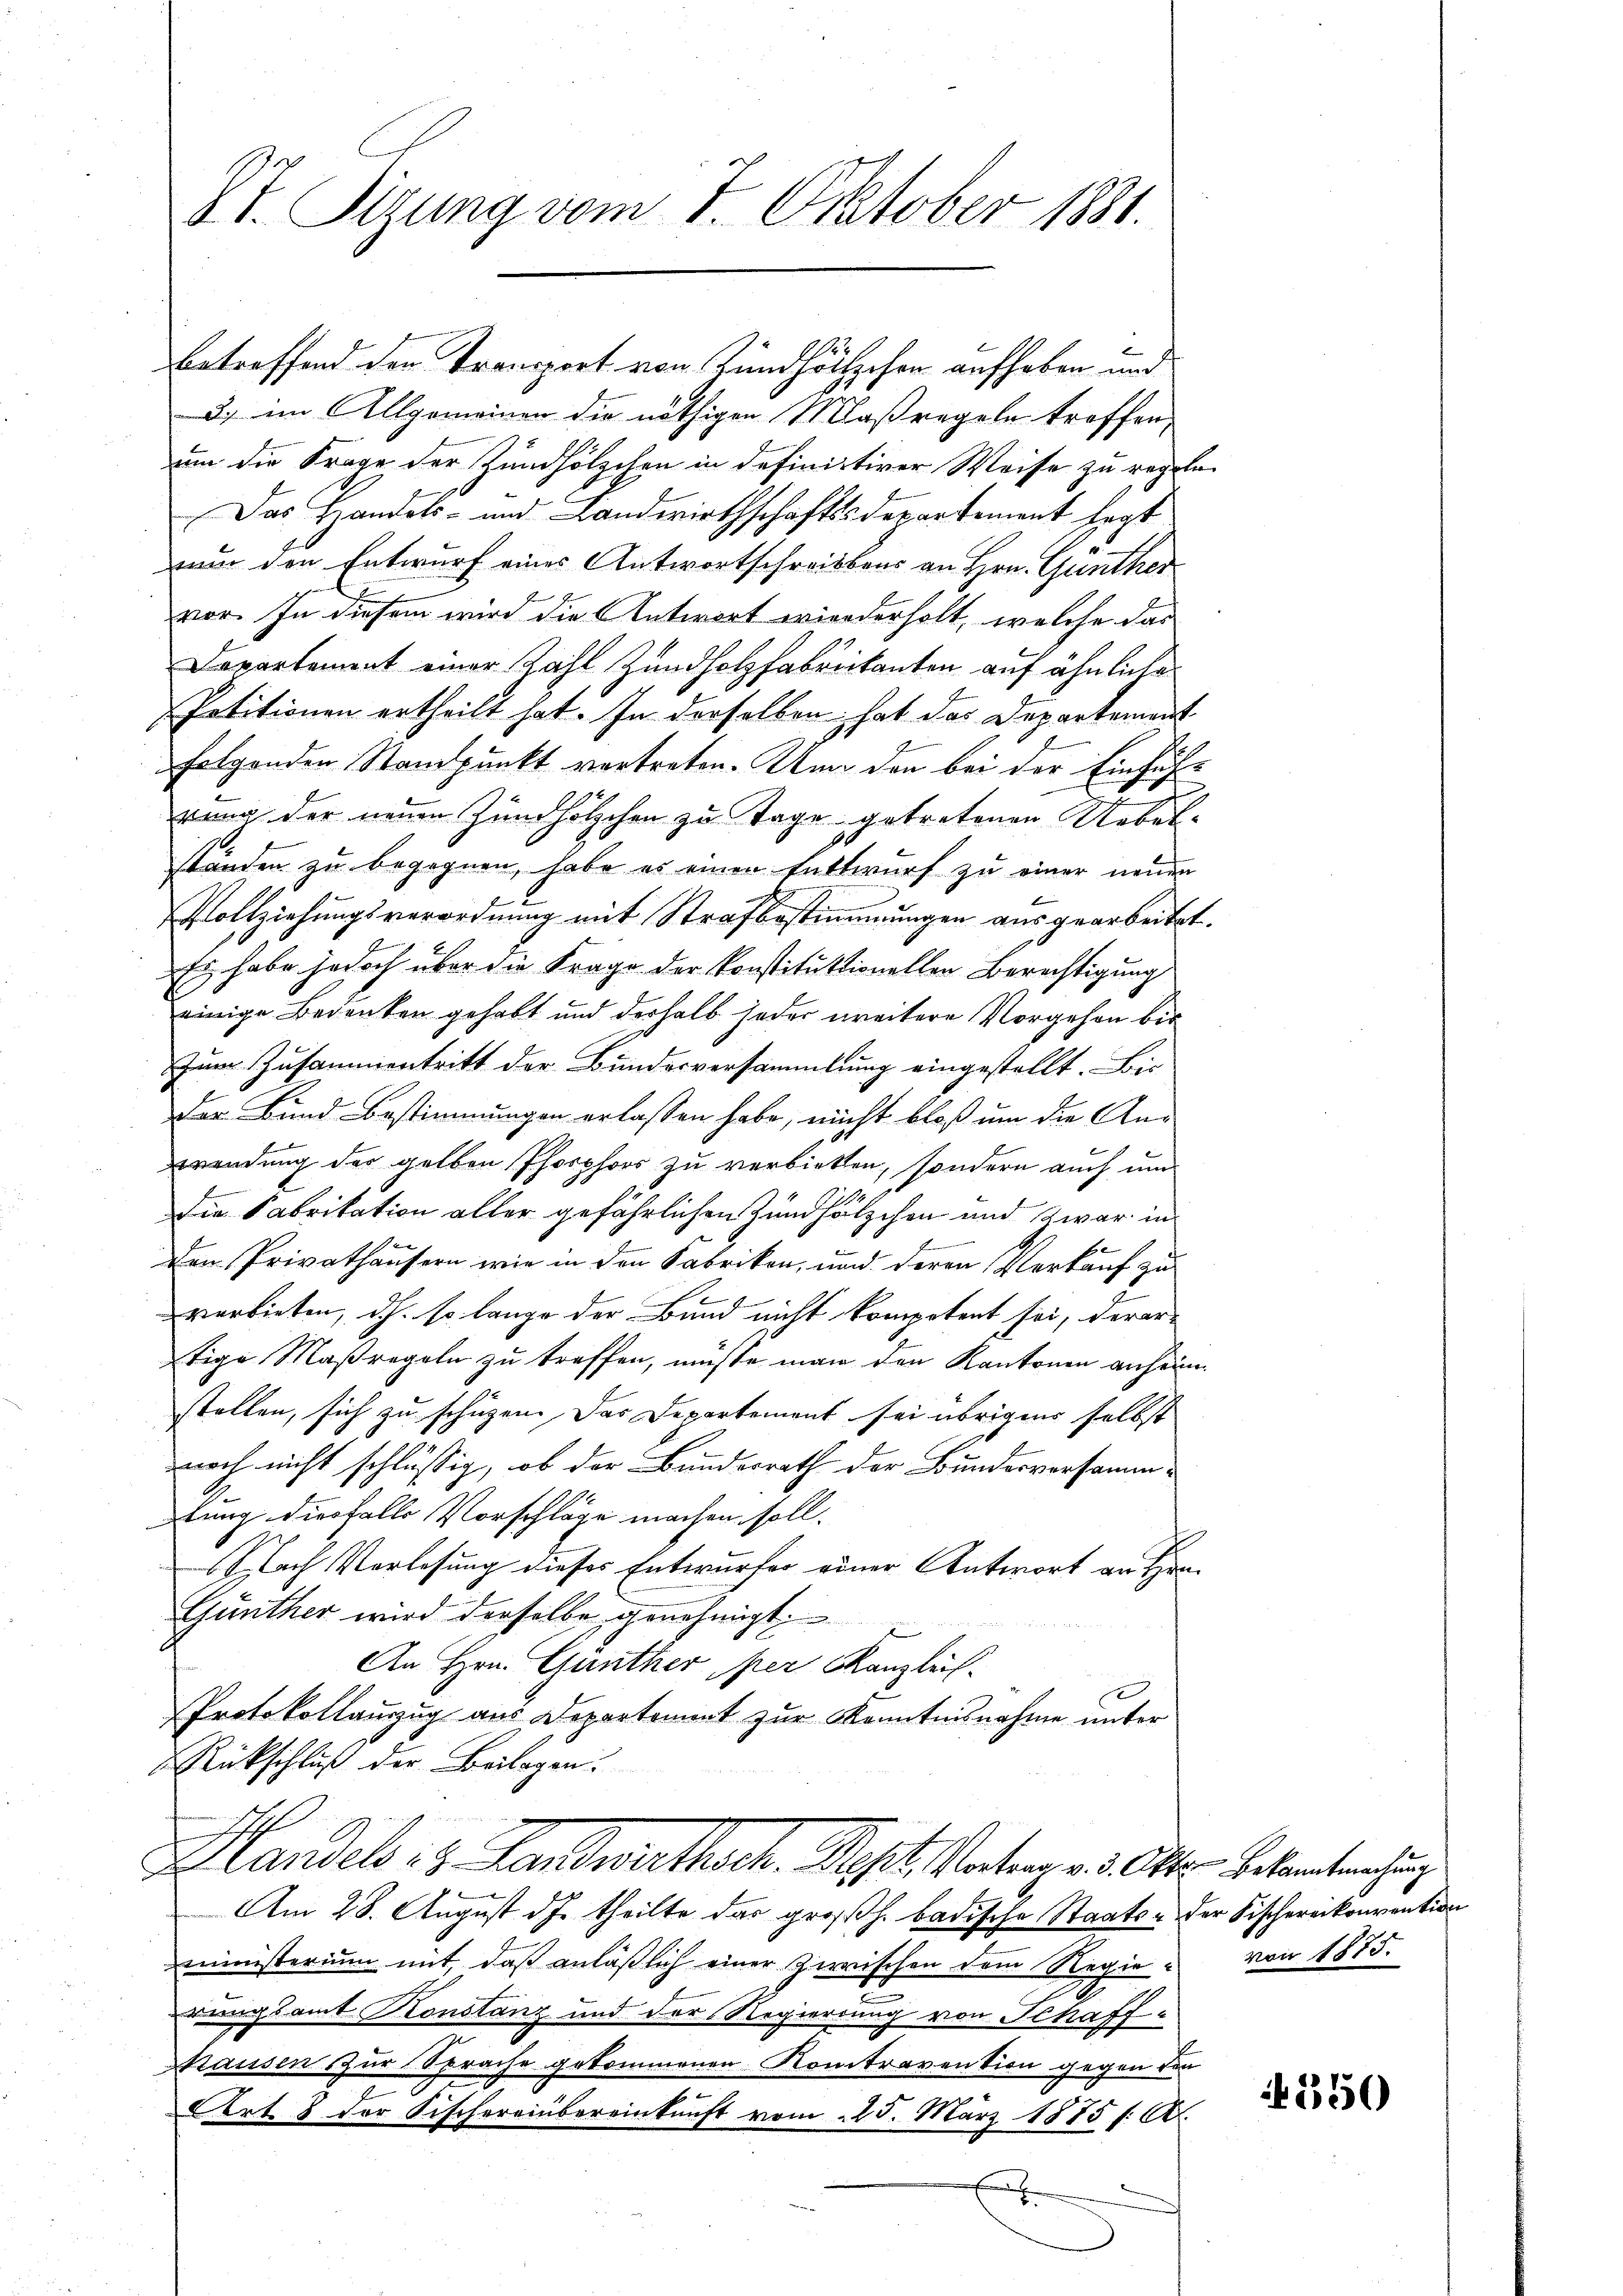
St. Sizung vom 7. Oktober 1881.

12
betreffend der Transport von Zündholzchen aufhaben und
3) im Allgemeinen die nöthigen Maßregeln troffen,
um die Frage der Zündhölzchen in definitiver Weise zu rege
Das Handels- und Landwirthschaftssdepartement legt
ur den Entwurf eines Antwortschreibens an Hrn. Günther
vor. In diesem wird die Antwort wiederholt, welche das
Departement einer Zahl Zundholzfabrikanten auf ähnliche
Petitionen ertheilt hat. In derselben hat das Departement
folgenden Standpunkt vertreten. Und den bei der Einführung der neuen Zündhölzchen zu Tage getretenen Uebelständen zu begegnen, habe es einen Entwurf zu einer neuen
Vollziehungsverordnung mit Strafbestimmungen ausgearbeiter
Es habe jedoch über die Frage der konstitutionellen Berechtigung
einige Bedenken gehabt und deshalb jeder weitere Vorgehen bis
Zum Zusammentritt der Bundesversammlung eingestellt. Bis
Der Bund Bestimmungen erlassen habe, nicht bloß um die An-
wendung des gelben Phosphors zu verbieten, sondern auch und
die Fabrikation aller gefährlichen Zündhölzchen und zwar in
b
e
s
Den Privathäusern wie in den Fabriken, und deren Verkauf zu
verbieten, dh. so lange der Bund nicht kompetent sei, derer-
tige Maßregeln zu treffen, müße man den Kantonen anheim
stellen, sich zu schützen. Das Departement sei übrigens selbst
noch nicht schlüssig, ob der Bundesrath der Bundesversamm-
tung diesfalls Vorschläge machen soll.
Nach Verlesung dieses Entwurfes einer Antwort an Hrn
Günther wird derselbe genehmigt.
An Hrn. Günther per Kanzlich.
Protokollanzug aus Departement zur Kenntnisnahme unter
Rückschluß der Beilagen.

Leandels 13. Landwirthsch. Sept. Vertrag v. 3. Okt. Bekanntmachung
Am 28. August d. J. theilte das großh. badische Staats- der Fischereikonvention
ministerium mit, daß anläßlich einer Zwischen dem Regie von 1875.
erungsamt Konstanz und der Regierung von Schaff-
Mausen zur Sprache gekommenen Kontravention gegen den
Art. 8 der Fischereinbereinkunft vom 25. März 1875 f. A.
u

beg

550